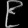
Digit: ၉